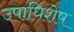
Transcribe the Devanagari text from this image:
उपाधिशेष